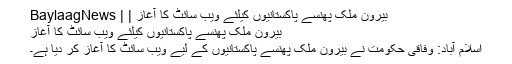
بیرون ملک پھنسے پاکستانیوں کیلئے ویب سائٹ کا آغاز | | BaylaagNews
بیرون ملک پھنسے پاکستانیوں کیلئے ویب سائٹ کا آغاز
اسلام آباد: وفاقی حکومت نے بیرون ملک پھنسے پاکستانیوں کے لیے ویب سائٹ کا آغاز کر دیا ہے۔